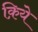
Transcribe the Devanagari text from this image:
क़िये